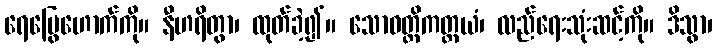
ရေမြွေဟောက်ကို။ နီဟရိတွာ၊ ထုတ်ခဲ့၍။ သောဝတ္ထိကတ္တယံ၊ လည်ရေးသုံးဆင့်ကို။ ဒိသွာ၊